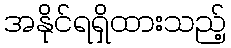
အနိုင်ရရှိထားသည့်